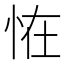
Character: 恠